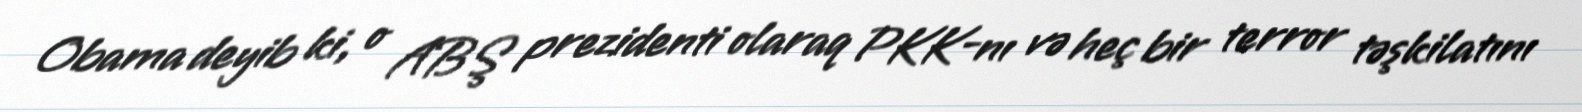
Obama deyib ki, o ABŞ prezidenti olaraq PKK-nı və heç bir terror təşkilatını